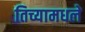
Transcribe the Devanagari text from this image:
तिच्यामधले